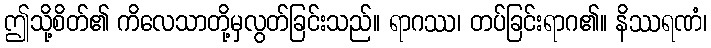
ဤသို့စိတ်၏ ကိလေသာတို့မှလွတ်ခြင်းသည်။ ရာဂဿ၊ တပ်ခြင်းရာဂ၏။ နိဿရဏံ၊